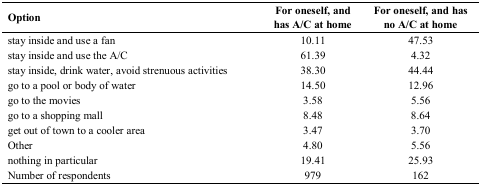
| Option | For oneself, and has A/C at home | For oneself, and has no A/C at home |
 | --- | --- | --- |
 | stay inside and use a fan | 10.11 | 47.53 |
 | stay inside and use the A/C | 61.39 | 4.32 |
 | stay inside, drink water, avoid strenuous activities | 38.30 | 44.44 |
 | go to a pool or body of water | 14.50 | 12.96 |
 | go to the movies | 3.58 | 5.56 |
 | go to a shopping mall | 8.48 | 8.64 |
 | get out of town to a cooler area | 3.47 | 3.70 |
 | Other | 4.80 | 5.56 |
 | nothing in particular | 19.41 | 25.93 |
 | Number of respondents | 979 | 162 |